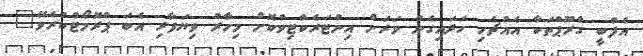
އެފްބީ ގްރޫޕްތަކާ އެއްޗެހި ހަދައިގެން ވަރަށް އިންޓަރެކްޓިވްކޮށް މިހާރު ވިޔަފާރި އެބަ ޕްރޮމޯޓްކުރެވޭ"